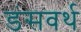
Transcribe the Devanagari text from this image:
डंसवर्थ